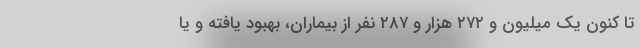
تا کنون یک میلیون و ۲۷۲ هزار و ۲۸۷ نفر از بیماران، بهبود یافته و یا